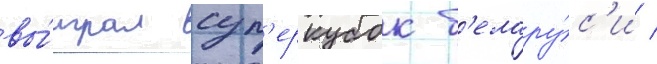
вы́играл суп'еркубок б'елару́с'и /